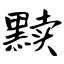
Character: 黩